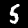
Label: 5